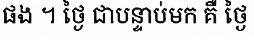
ផង ។ ថ្ងៃ ជាបន្ទាប់មក គឺ ថ្ងៃ